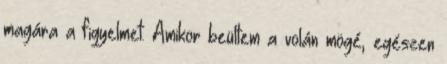
magára a figyelmet. Amikor beültem a volán mögé, egészen